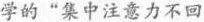
学的“集中注意力不回